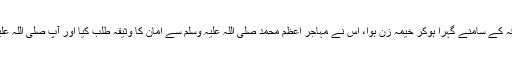
ناکامی کے یقین کا سایہ جیسے ہی سراقہ کے سامنے گہرا ہوکر خیمہ زن ہوا، اس نے مہاجر اعظم محمد صلی اللہ علیہ وسلم سے امان کا وثیقہ طلب کیا اور آپ صلی اللہ علیہ وسلم سے ملاقات کی دستاویز مانگی۔